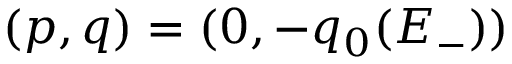
( p , q ) = ( 0 , - q _ { 0 } ( E _ { - } ) )